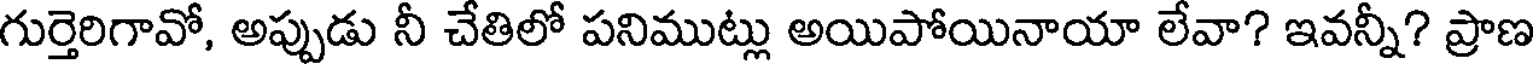
గుర్తెరిగావో, అప్పుడు నీ చేతిలో పనిముట్లు అయిపోయినాయా లేవా? ఇవన్నీ? ప్రాణ